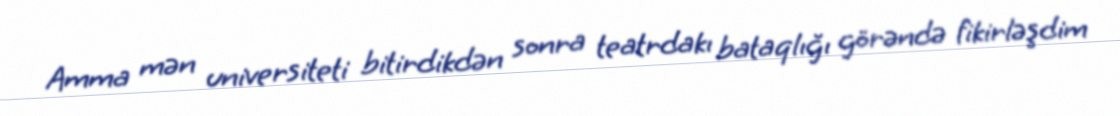
Amma mən universiteti bitirdikdən sonra teatrdakı bataqlığı görəndə fikirləşdim